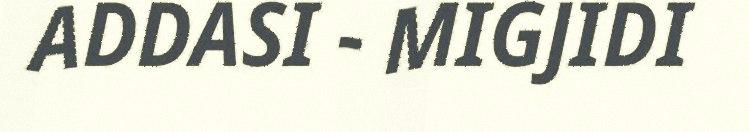
ADDASI - MIGJIDI